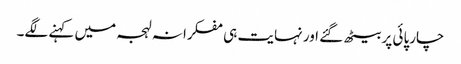
چارپائی پر بیٹھ گئے اور نہایت ہی مفکرانہ لہجہ میں کہنے لگے۔